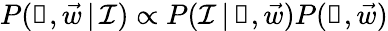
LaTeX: P(\boldsymbol\uprho,\vec{w}\, |\, \mathcal I)\propto P(\mathcal I\, |\, \boldsymbol\uprho,\vec{w})P(\boldsymbol\uprho,\vec{w})